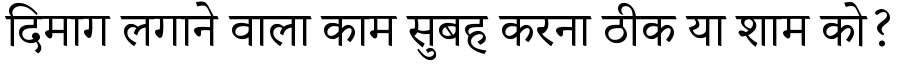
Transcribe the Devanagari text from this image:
दिमाग लगाने वाला काम सुबह करना ठीक या शाम को?